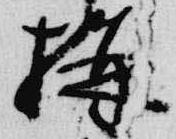
構